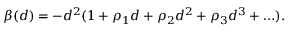
\beta ( d ) = - d ^ { 2 } ( 1 + \rho _ { 1 } d + \rho _ { 2 } d ^ { 2 } + \rho _ { 3 } d ^ { 3 } + \ldots ) .